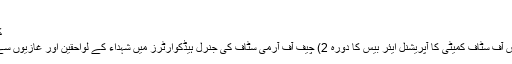
آخری مسافر...
کیا قربانیاں صرف فوج...
1) چیئرمین جوائنٹ چیفس آف سٹاف کمیٹی کا آپریشنل ایئر بیس کا دورہ 2) چیف آف آرمی سٹاف کی جنرل ہیڈکوارٹرز میں شہداء کے لواحقین اور غازیوں سے ملاقات 3) جنگی ہیرو۔